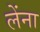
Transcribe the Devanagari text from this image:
लेंना